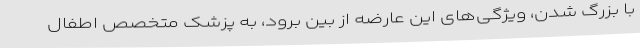
با بزرگ شدن، ویژگی‌های این عارضه از بین برود، به پزشک متخصص اطفال